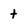
Character: t